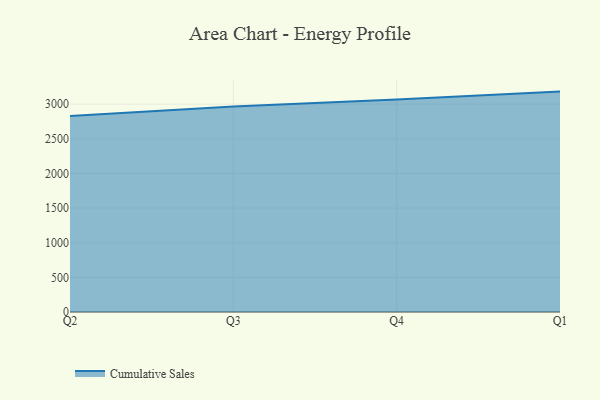
{"axis": {"x": "Quarter", "y": "Net Income (USD K)"}, "legend": ["Cumulative Sales"], "data": [{"x": "Q2", "y": 2830.3, "type": "Cumulative Sales"}, {"x": "Q3", "y": 2967.5, "type": "Cumulative Sales"}, {"x": "Q4", "y": 3066.8, "type": "Cumulative Sales"}, {"x": "Q1", "y": 3180.9, "type": "Cumulative Sales"}]}